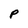
Character: P